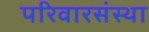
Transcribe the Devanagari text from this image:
परिवारसंस्था